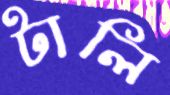
টালি